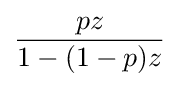
{\frac {pz}{1-(1-p)z}}